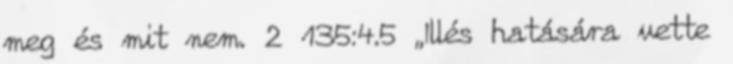
meg és mit nem. 2 135:4.5 „Illés hatására vette